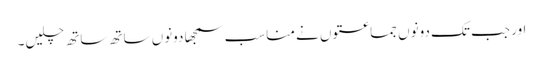
اور جب تک دونوں جماعتوں نے مناسب سمجھا دونوں ساتھ ساتھ چلیں۔